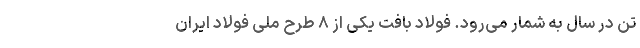
تن در سال به شمار می‌رود. فولاد بافت یکی از ۸ طرح ملی فولاد ایران